Scottish Certificate of Education, 1963
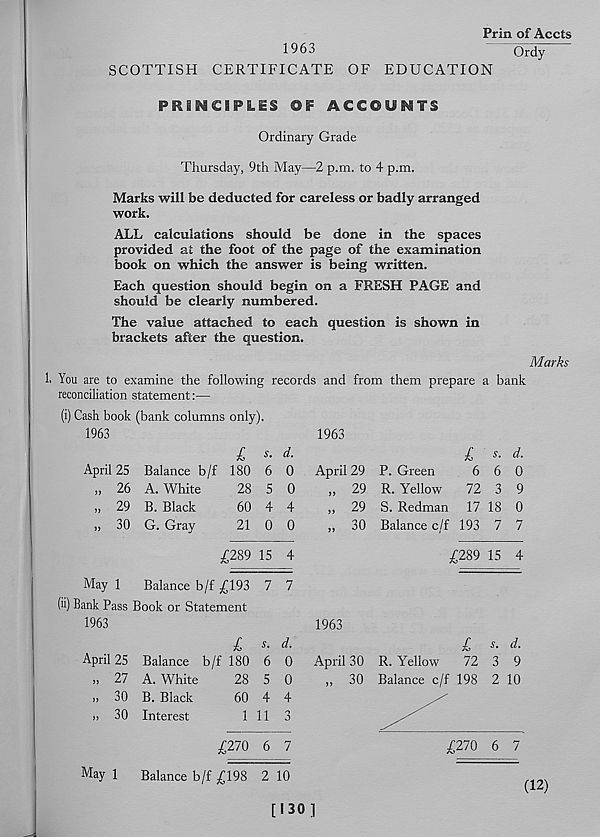
Prin of Accts
1963
Ordy
SCOTTISH CERTIFICATE OF EDUCATION
PRINCIPLES OF ACCOUNTS
Ordinary Grade
Thursday, 9th May—2 p.m. to 4 p.m.
Marks will be deducted for careless or badly arranged
work.
ALL calculations should be done in the spaces
provided at the foot of the page of the examination
book on which the answer is being written.
Each question should begin on a FRESH PAGE and
should be clearly numbered.
The value attached to each question is shown in
brackets after the question.
Marks
1. You are to examine the following records and from them prepare a bank
reconciliation statement:—
(i) Cash book (bank columns only).
1963
l s- d.
April 25 Balance b/f 180 6 0
„ 26 A. White
28 5 0
„ 29 B. Black
60 4 4
„ 30 G. Gray
21 0 0
£289 15 4
May 1
Balance b/f £193 7 7
(ii) Bank Pass Book or Statement
1963
l s. d.
April 25 Balance b/f 180 6 0
„ 27 A. White
28 5 0
„ 30 B. Black
60 4 4
>! 30 Interest
1 11 3
£270 6 7
May 1
Balance b/f £198 2 10
[130]
1963
I s. d.
April 29 P. Green
6 6 0
„ 29 R. Yellow
72 3 9
,, 29 S. Redman 17 18 0
„ 30 Balance c/f 193 7 7
£289 15 4
1963
£ r. d.
April 30 R. Yellow
72 3 9
,, 30 Balance c/f 198 2 10
£270 6 7